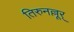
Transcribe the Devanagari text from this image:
तिरुनल्लूर्